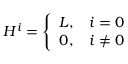
H ^ { i } = \left\{ \begin{array} { l l } { { L , } } & { { i = 0 } } \\ { { 0 , } } & { { i \neq 0 } } \end{array} \right.